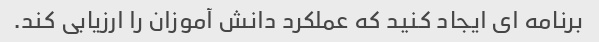
برنامه ای ایجاد کنید که عملکرد دانش آموزان را ارزیابی کند.